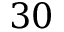
3 0